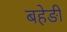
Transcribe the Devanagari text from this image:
बहेङी